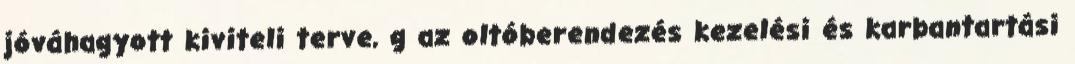
jóváhagyott kiviteli terve, g az oltóberendezés kezelési és karbantartási